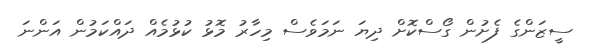
ސީޒަންގެ ފެށުން ގޯސްކޮށް ދިޔަ ނަމަވެސް މިހާރު މޮޅު ކުޅުމެެއް ދައްކަމުން އަންނަ